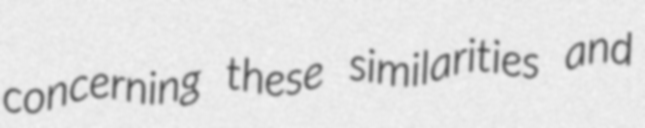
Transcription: concerning these similarities and